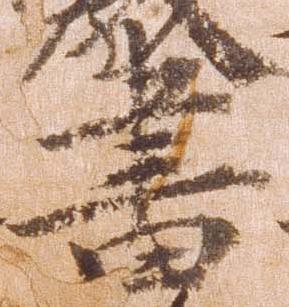
書